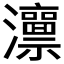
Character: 𱪕